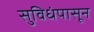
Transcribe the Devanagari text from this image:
सुविधंपासून